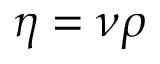
\eta = \nu \rho